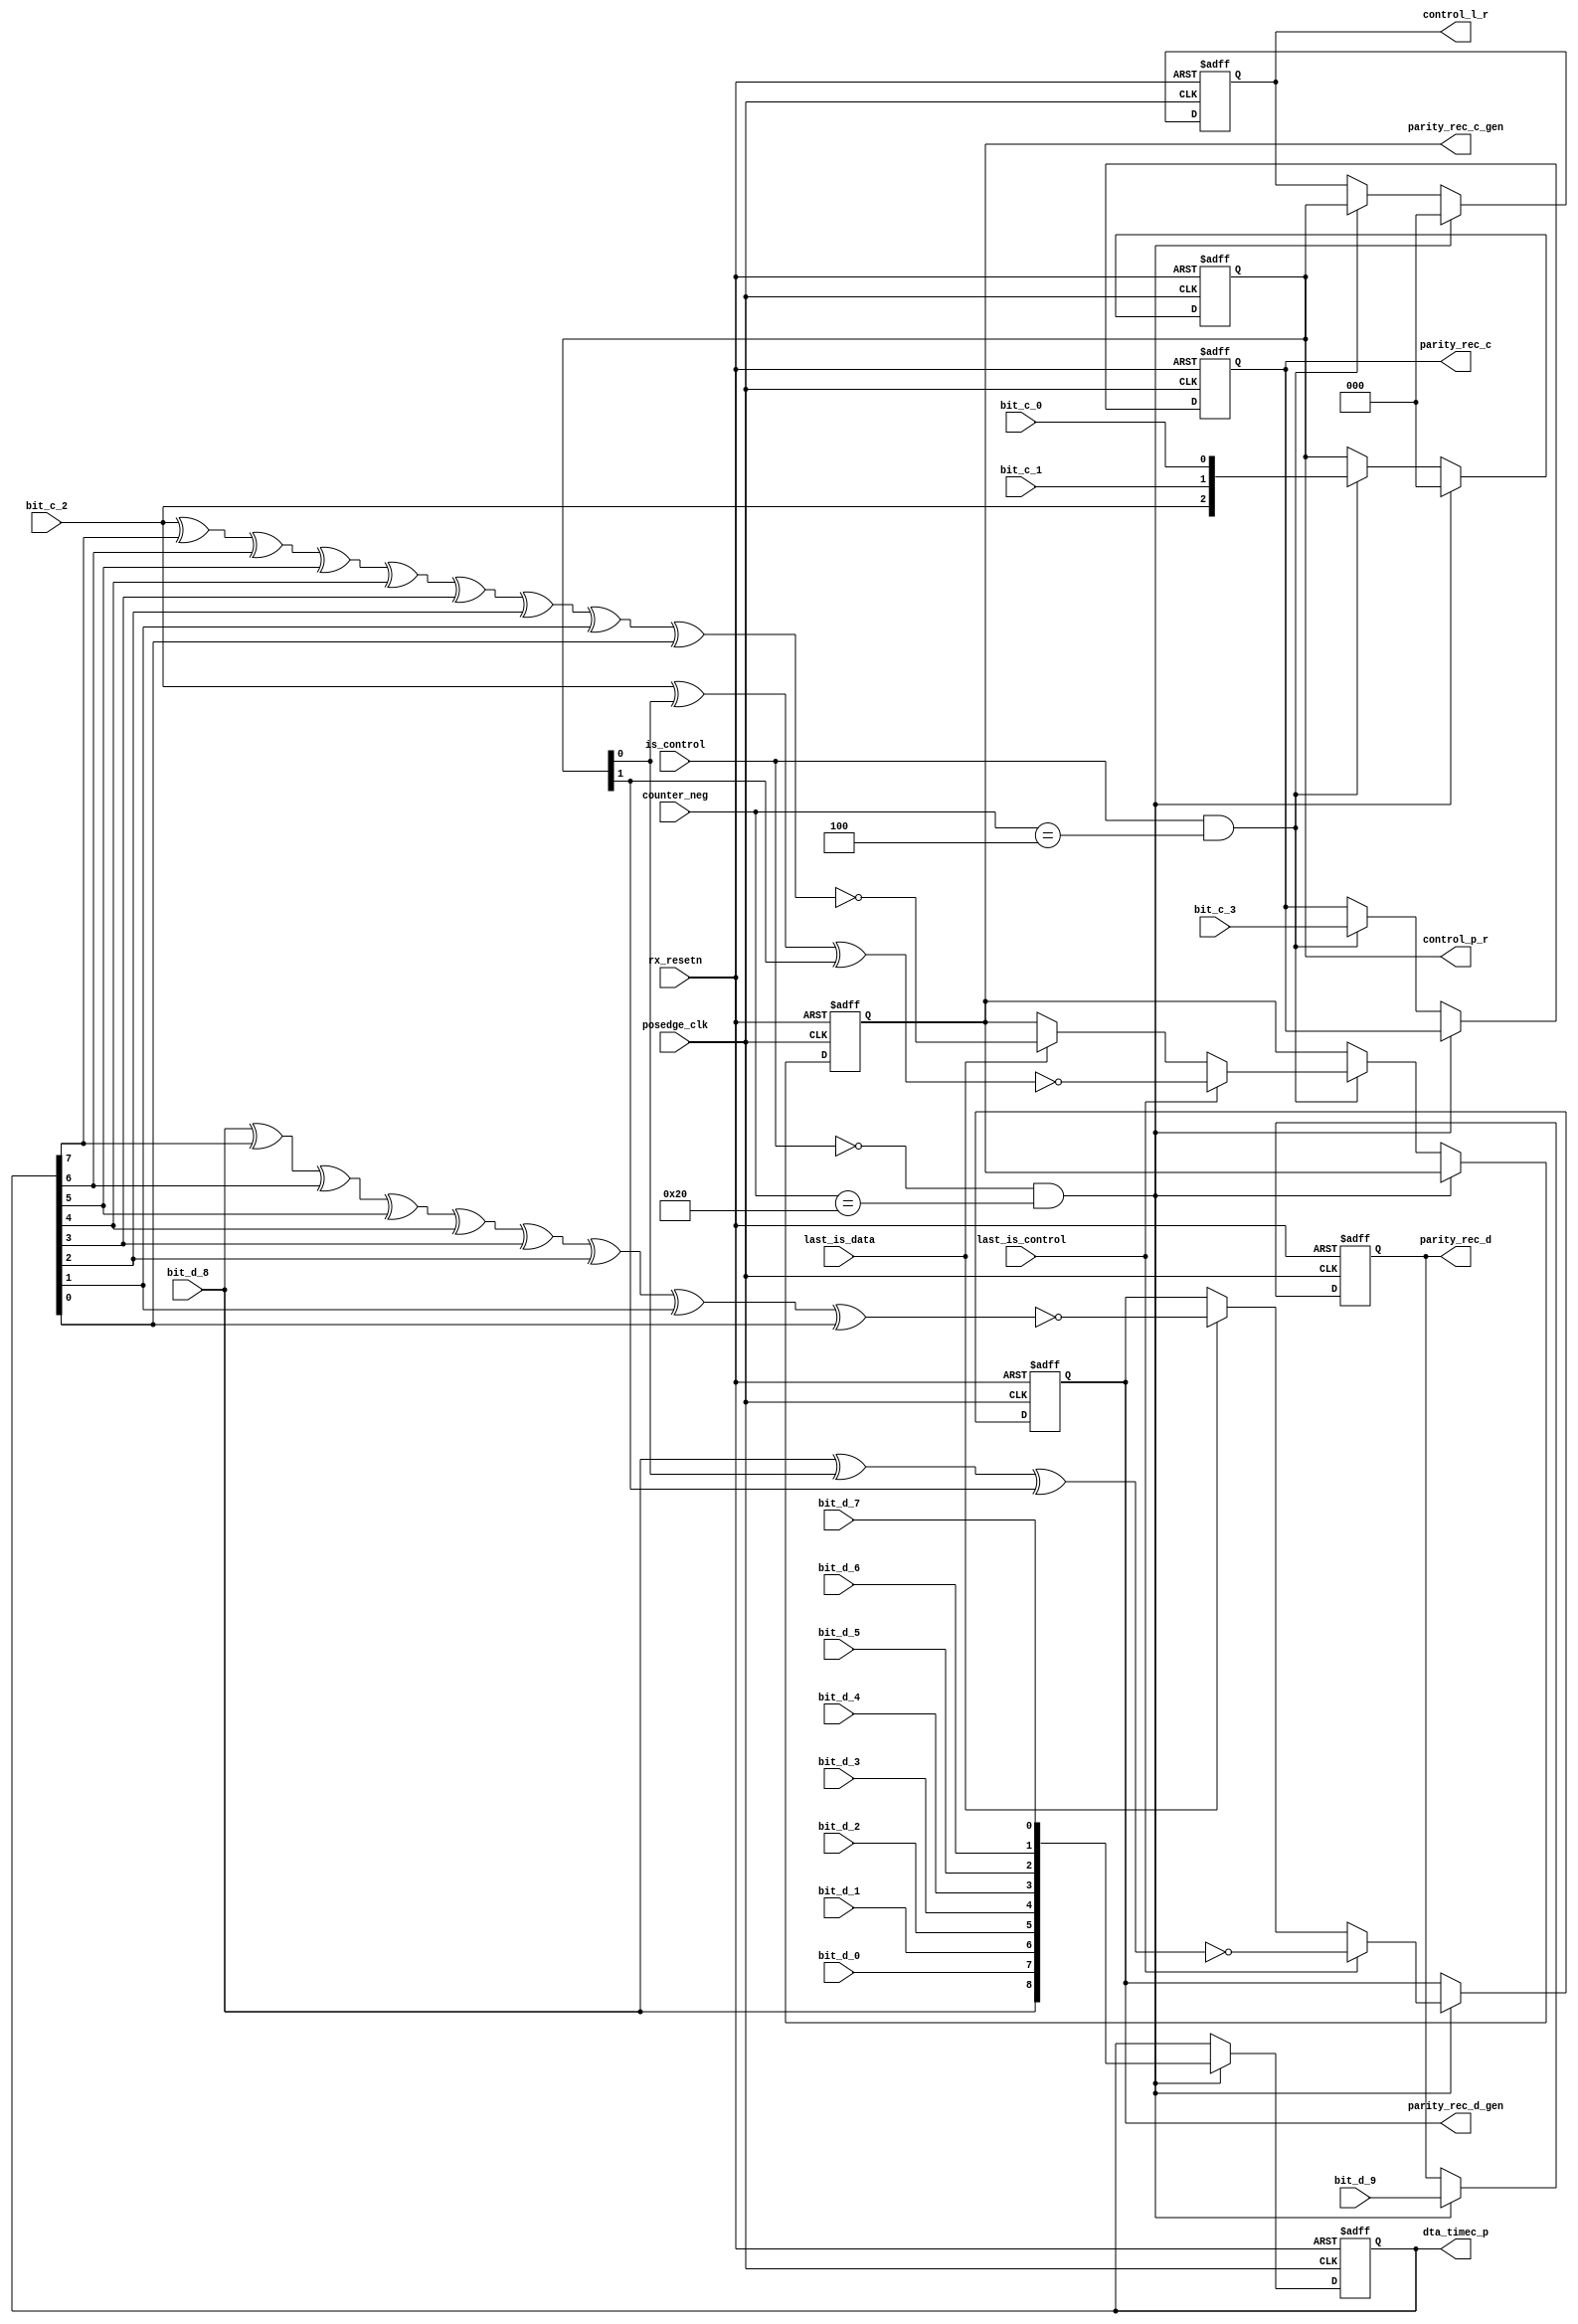
module rx_data_control_p(
				input posedge_clk,
				input rx_resetn,

				input bit_c_3,
				input bit_c_2,
				input bit_c_1,
				input bit_c_0,

				input bit_d_9,
				input bit_d_8,
				input bit_d_0,
				input bit_d_1,
				input bit_d_2,
				input bit_d_3,
				input bit_d_4,
				input bit_d_5,
				input bit_d_6,
				input bit_d_7,
	
				input last_is_control,
				input last_is_data,

				input is_control,

				input [5:0] counter_neg,

				output reg [8:0] dta_timec_p,
				output reg parity_rec_d,
				output reg parity_rec_d_gen,

				output reg [2:0] control_p_r,
				output reg [2:0] control_l_r,
				output reg parity_rec_c,
				output reg parity_rec_c_gen
			);


	
always@(posedge posedge_clk or negedge rx_resetn)
begin

	if(!rx_resetn)
	begin
		parity_rec_d 	  	<= 1'b0;
		parity_rec_d_gen 	<= 1'b0;
		dta_timec_p	   	<= 9'd0;
	end
	else
	begin
		if(!is_control && counter_neg == 6'd32)
		begin
			dta_timec_p  <= {bit_d_8,bit_d_0,bit_d_1,bit_d_2,bit_d_3,bit_d_4,bit_d_5,bit_d_6,bit_d_7};
			parity_rec_d 	  <= bit_d_9;

			if(last_is_control)
			begin
				parity_rec_d_gen <= !(bit_d_8^control_p_r[0]^control_p_r[1]);
			end
			else if(last_is_data)
			begin
				parity_rec_d_gen <= !(bit_d_8^dta_timec_p[7]^dta_timec_p[6]^dta_timec_p[5]^dta_timec_p[4]^dta_timec_p[3]^dta_timec_p[2]^dta_timec_p[1]^dta_timec_p[0]);
			end
		end
		else
		begin
			dta_timec_p  		<= dta_timec_p;
			parity_rec_d 	  	<= parity_rec_d;
			parity_rec_d_gen 	<= parity_rec_d_gen;
		end

	end

end

always@(posedge posedge_clk or negedge rx_resetn)
begin

	if(!rx_resetn)
	begin
		control_p_r  	<= 3'd0;
		control_l_r	<= 3'd0;
		parity_rec_c	<= 1'b0;
		parity_rec_c_gen<= 1'b0;
	end
	else
	begin

		if(!is_control && counter_neg == 6'd32)
		begin
			control_p_r  	<= 3'd0;
			control_l_r	<= 3'd0;
		end
		else if(is_control && counter_neg == 6'd4)
		begin
			control_p_r	  <= {bit_c_2,bit_c_1,bit_c_0};
			control_l_r	  <= control_p_r;
			parity_rec_c	  <= bit_c_3;

			if(last_is_control)
			begin
				parity_rec_c_gen <= !(bit_c_2^control_p_r[0]^control_p_r[1]);
			end
			else if(last_is_data)
			begin
				parity_rec_c_gen <= !(bit_c_2^dta_timec_p[7]^dta_timec_p[6]^dta_timec_p[5]^dta_timec_p[4]^dta_timec_p[3]^dta_timec_p[2]^dta_timec_p[1]^dta_timec_p[0]);
			end
		end
		else
		begin
			control_p_r	  	<= control_p_r; 
			parity_rec_c 	  	<= parity_rec_c;
			parity_rec_c_gen 	<= parity_rec_c_gen;
		end

	end

end

endmodule